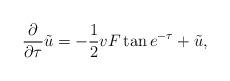
LaTeX: \begin{align*} \frac{\partial}{\partial \tau}\tilde{u}=-\frac 12vF\tan e^{-\tau} +\tilde{u},\end{align*}